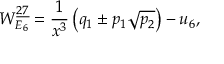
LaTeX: W _ { E _ { 6 } } ^ { \underline { { { 2 7 } } } } = { \frac { 1 } { x ^ { 3 } } } \left( q _ { 1 } \pm p _ { 1 } \sqrt { p _ { 2 } } \right) - u _ { 6 } ,